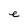
Character: e